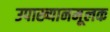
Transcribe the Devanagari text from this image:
उपाख्यानमूलक